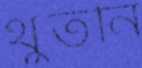
থুঁতনি